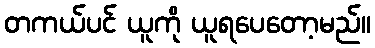
တကယ်ပင် ယူကို ယူရပေတော့မည်။